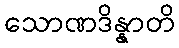
သောဏဒိန္နာတိ